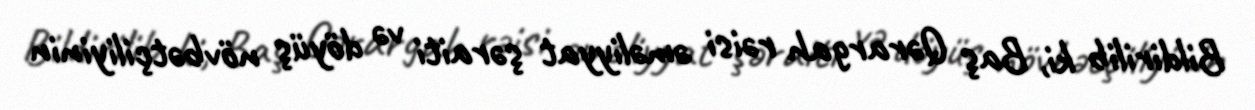
Bildirilib ki, Baş Qərargah rəisi əməliyyat şəraiti və döyüş növbətçiliyinin